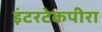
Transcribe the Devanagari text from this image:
इंटरटेकपीरा